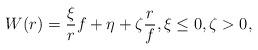
LaTeX: \begin{align*} W(r) = \frac{\xi}{r} f + \eta + \zeta \frac{r}{f}, \xi\le 0, \zeta>0,\end{align*}